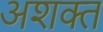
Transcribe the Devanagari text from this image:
अशक्‍त